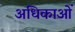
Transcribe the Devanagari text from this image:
अधिकाओं